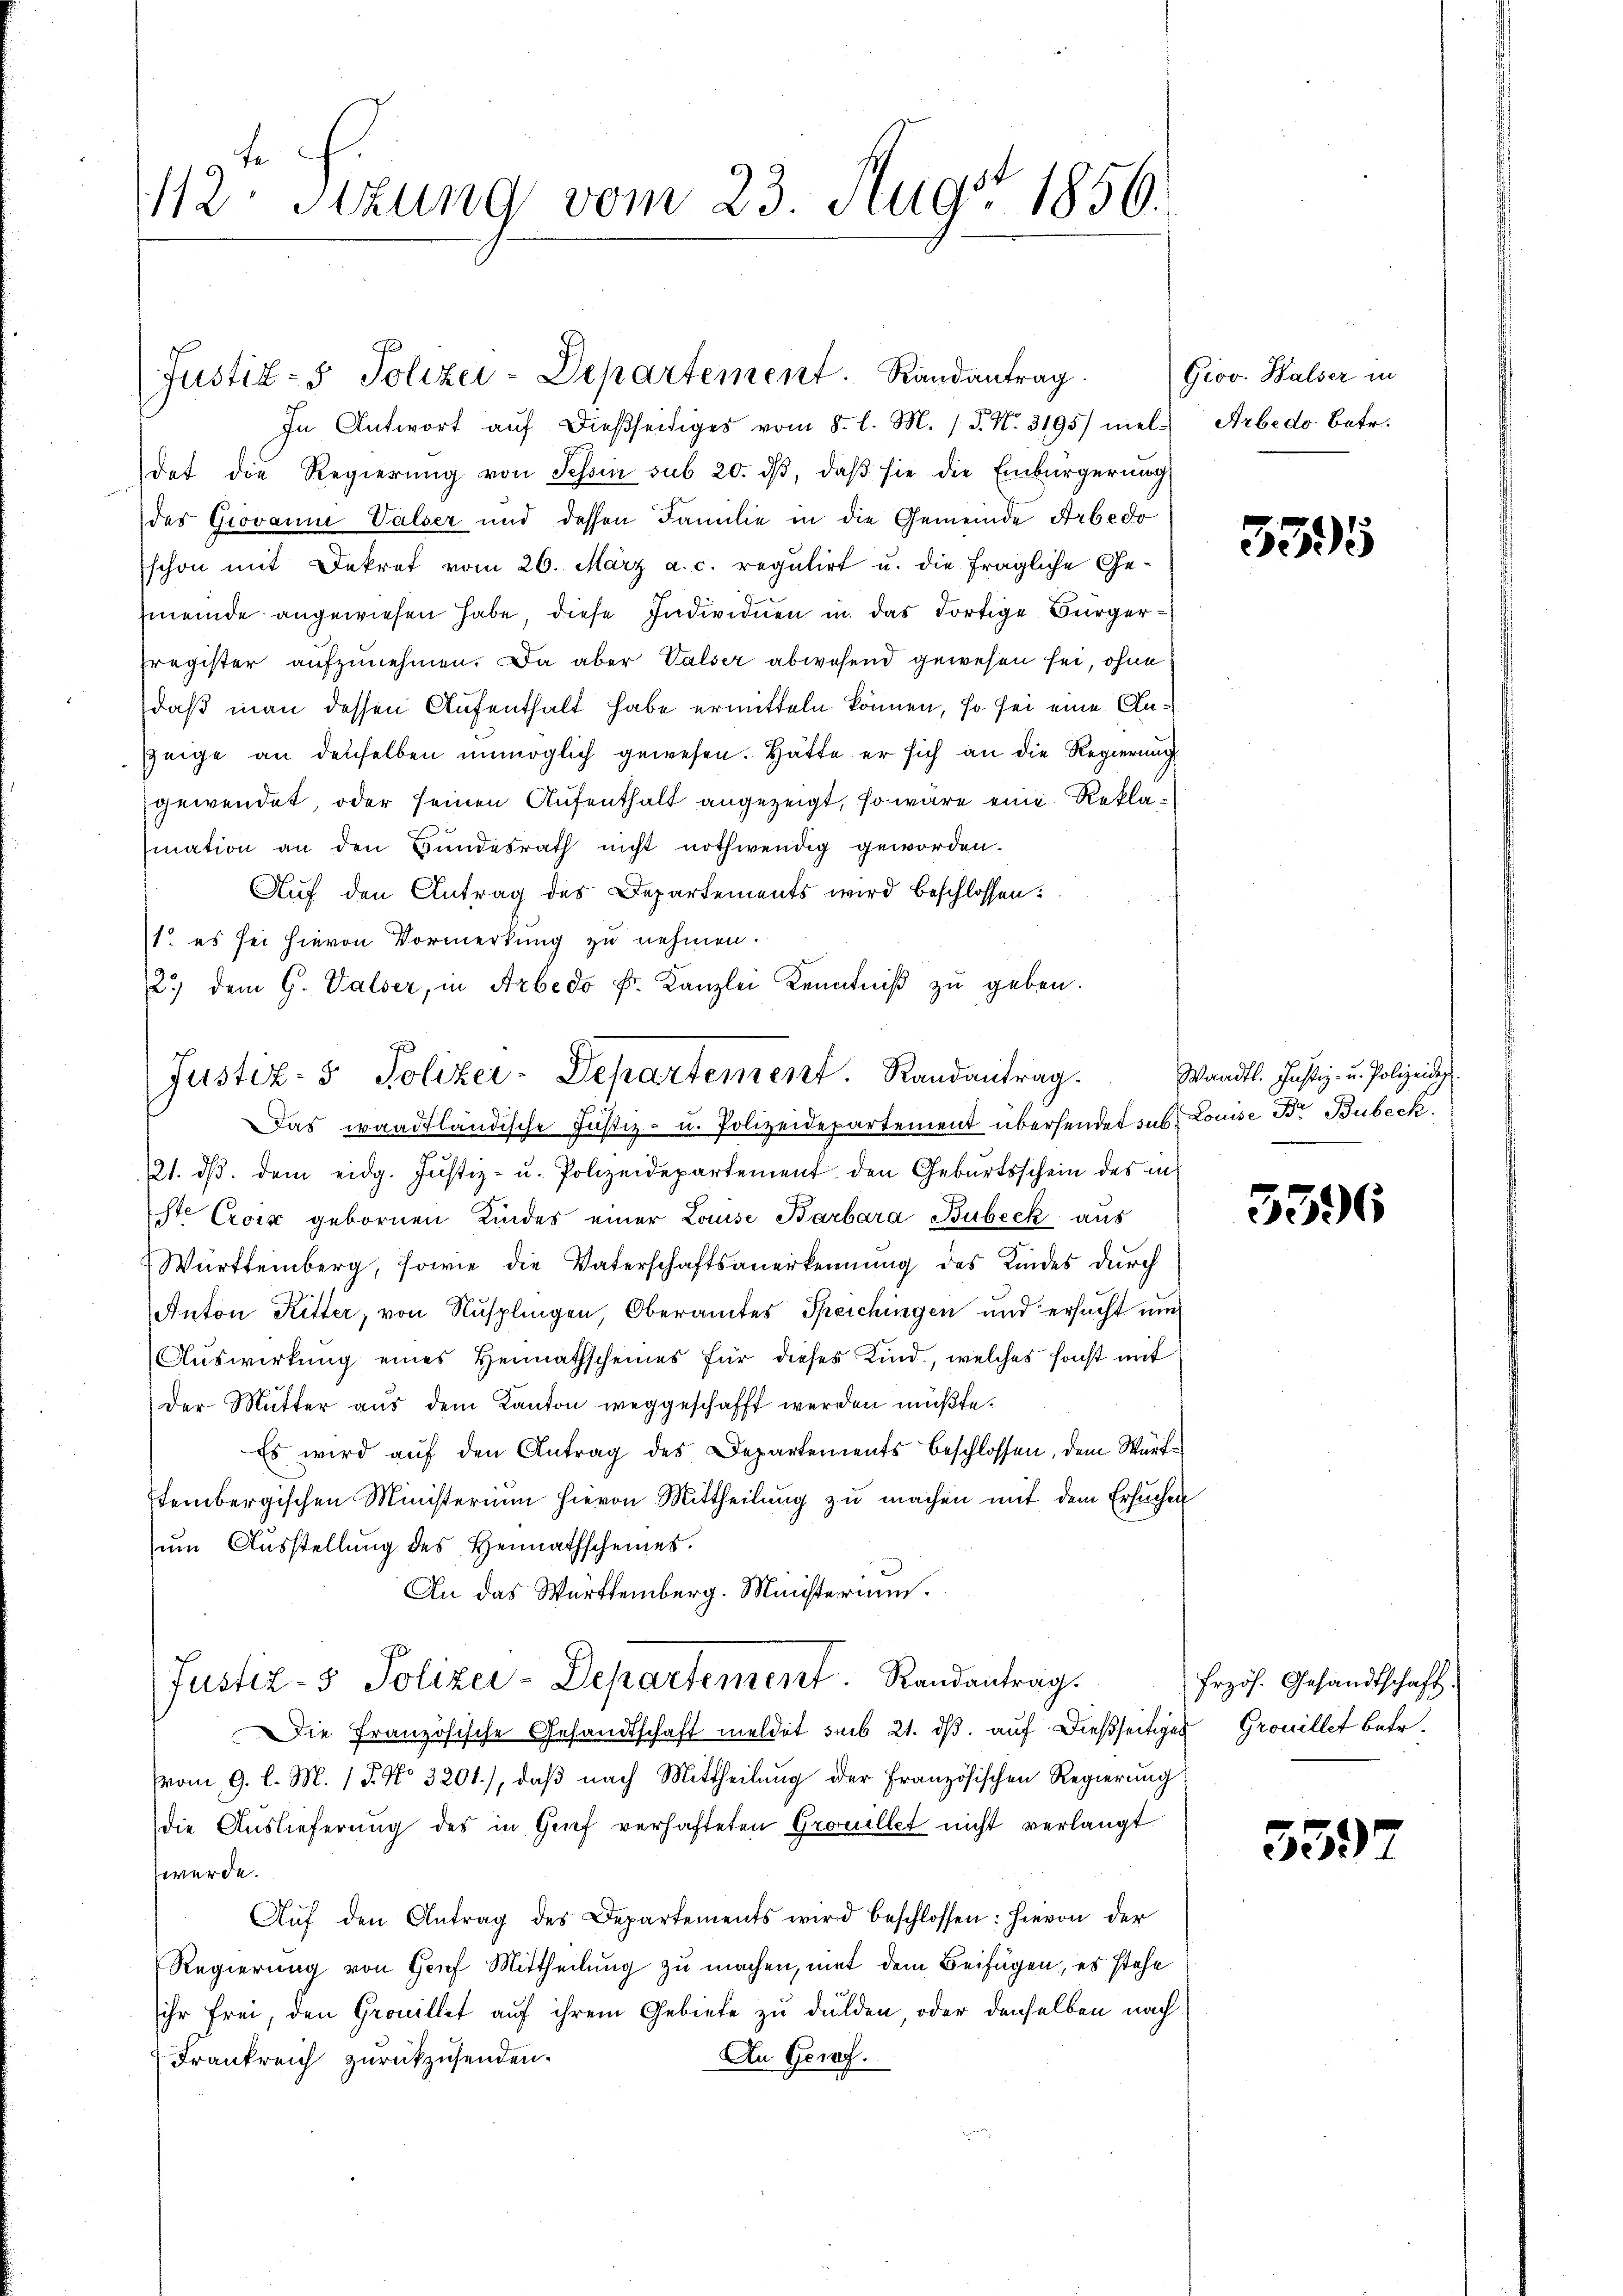
112. Sitzung vom 23. Aug. 1856.

Justiz- & Polizei-Departement. Randantrag.

In Antwort aŭf dießseitiges vom 8. l. M. P. Nr. 3195) miel. Arbedo betr.
det die Regierŭng von Tessin sub. 20. dβ, daβ sie die Einbürgerŭng
des Giovanne Valser und dessen Familie in die Gemeinde Arbedo
schon mit Dekret vom 26. März a. c. regulirt u. die fragliche Gemeinde angewiesen habe diese Individuen in das Fortige Bürgerregister aufzunehmen. Da aber Valser abwesend gewesen sei, ohne
daß man dessen Aufenthalt habe ermitteln können, so sei eine An¬
Zeige an denselben unmöglich gewesen. Hätte er sich an die Regierung
gewendet, oder seinen Aufenthalt angezeigt, so wäre eine Reklamation an den Bundesrath nicht nothwendig geworden.
Auf den Antrag des Departements wird beschlossen:
1. es sei hievon Vormerkung zu nehmen.
2.) dem G. Valser, in Arbedo Fr. Kanzlei Kenntniβ zŭ geben.
Das waadtländische Justiz- u. Polizeidepartement übersendet sus Louise Br. Bubeck.
e
121. dβ. dem eidg. Justiz- u. Polizeidepartement den Gebŭrtsschein des in
iste Croix gebornen Kindes einer Louise Barbara Bubeck aus
Württemberg, sowie die Vaterschaftsanerkennung des Kindes durch
Anton Ritter, von Nusplingen, Oberamtes Speichingen und ersucht um
Auswirkung eines Heimathscheines für dieses Kind, welches sonst mit
Der Mutter aus dem Kanton weggeschafft werden müßte.
Es wird auf den Antrag des Departements beschlossen, dem Württembergischen Ministerium hievon Mittheilung zu machen mit dem Ersuchen
zum Ausstellung des Heimathscheines.
An das Württemberg. Ministerium.
Justiz- & Polizei-Departement Randantrag.
Die Französische Gesandtschaft meldet sub 21. ds. auf dießseitiges Grouillet betr.
vom 9. l. M. 1 P. No 3201), daβ nach Mittheilung der Französischen Regierung
die Auslieferung des in Genf verhafteten Grouillet nicht verlangt
werde.
Aŭf den Antrag des Departements wird beschlossen: hievon der
Regierung von Genf Mittheilung zu machen, mit dem Beifügen, es stehe
ihr frei, den Grouillet auf ihrem Gebiete zu dulden, oder denselben nach
An Genf.
Frankreich zurückzusenden.

Justiz- & Polizer-Departement. Randantrag.

Grov. Halser in

5395

Waadt. Justiz- u. Polizeideg

5396

Erzös. Gesandtschaft

551)